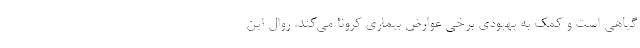
گیاهی است و کمک به بهبودی برخی عوارض بیماری کرونا می‌کند. روال این